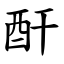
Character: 酐